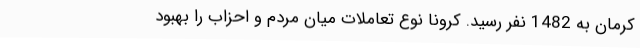
کرمان به 1482 نفر رسید. کرونا نوع تعاملات میان مردم و احزاب را بهبود